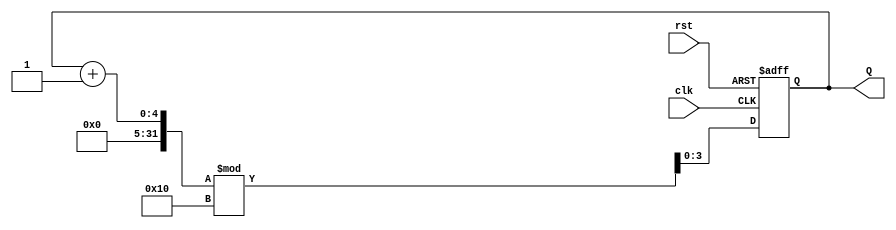
module binary_counter (
    input wire clk,      // Clock signal
    input wire rst,      // Asynchronous reset signal
    output reg [3:0] Q   // 4-bit output representing the current count
);

// State transition logic
always @(posedge clk or posedge rst) begin
    if (rst) begin
        Q <= 4'b0000; // Reset the counter to 0000
    end else begin
        Q <= (Q + 1) % 16; // Increment the counter and wrap around at 16
    end
end

endmodule